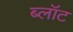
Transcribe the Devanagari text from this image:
ब्‍लॉट